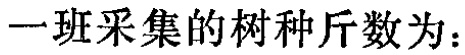
一班采集的树种斤数为：